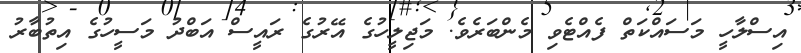
އިސްލާހީ މަސައްކަތް ފެއްޓެވި މެންބަރެވެ. މަޖިލީހުގެ އޭރުގެ ރައީސް އަބްދު މަސީހުގެ އިތުބާރު